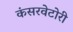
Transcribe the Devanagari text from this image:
कंसरवेटोरी